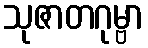
သုဇာတဂုမ္ဗာ